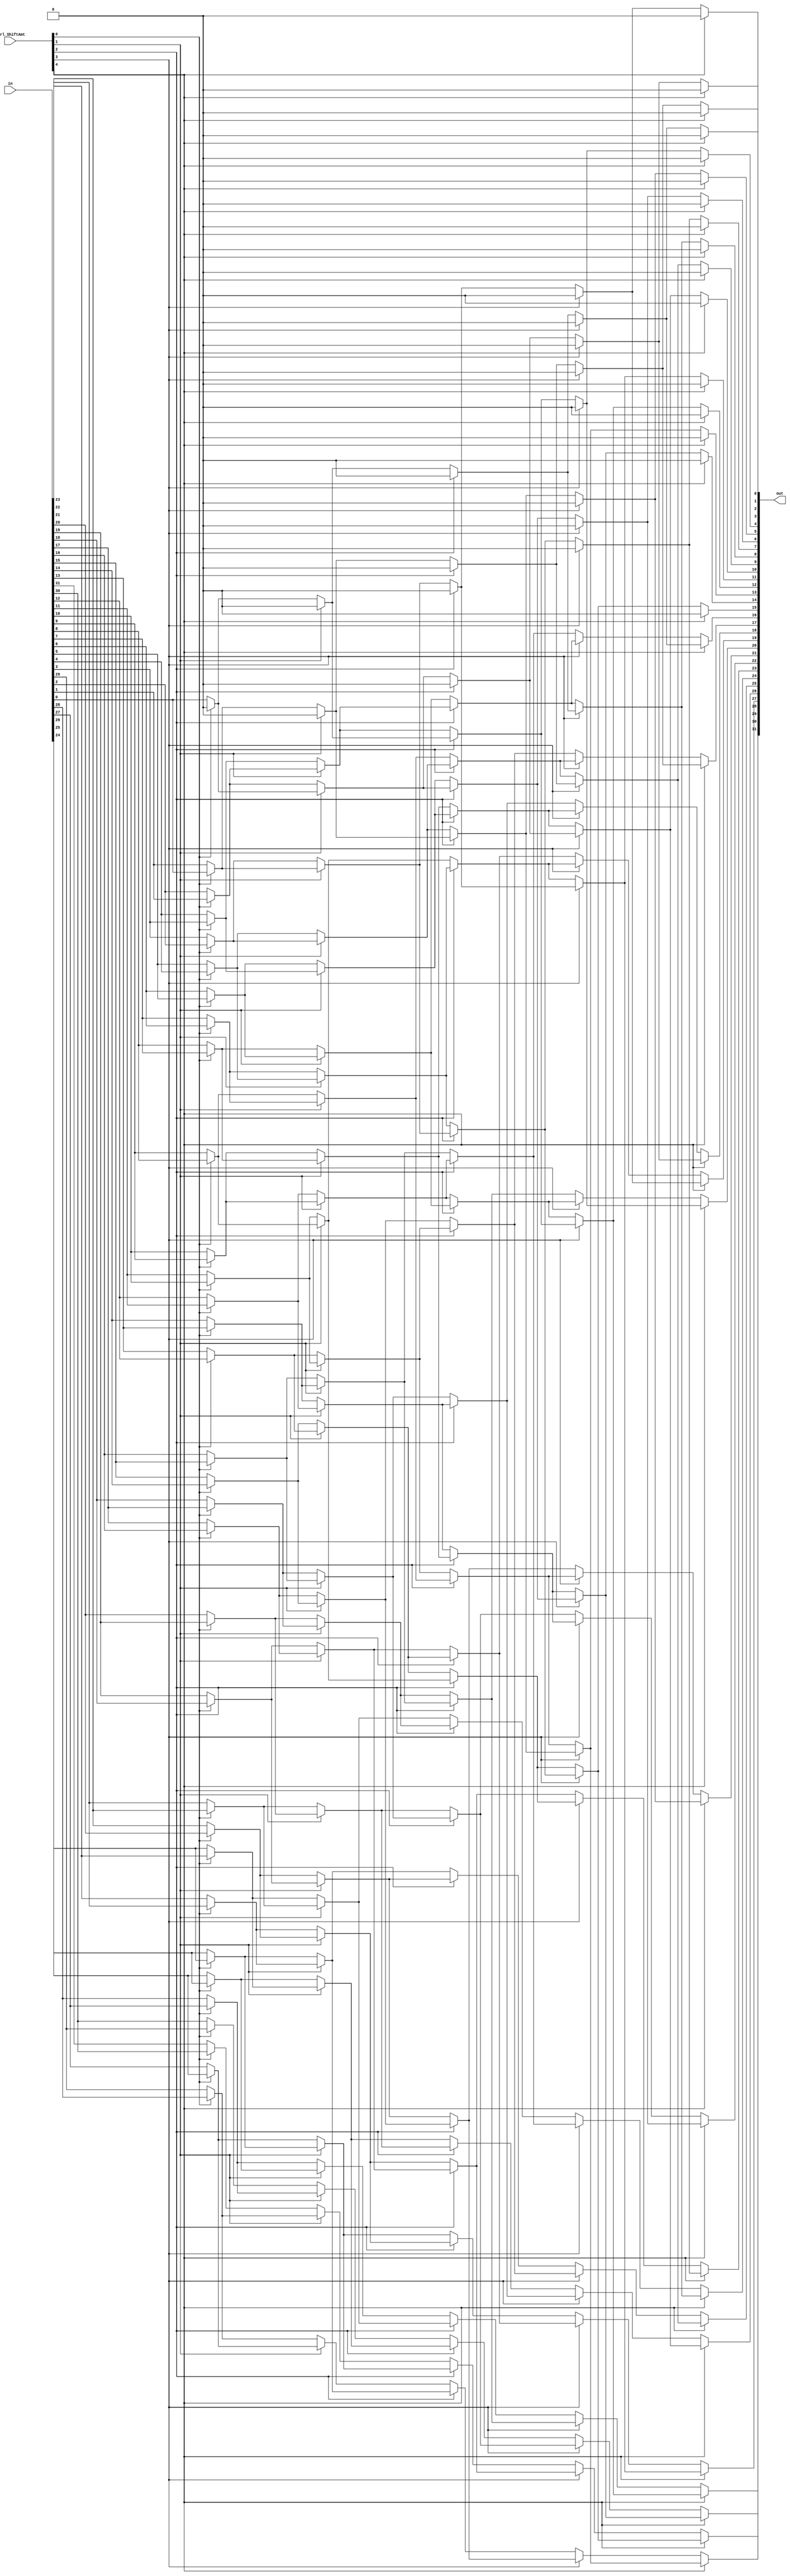
module shift_left_logical(in, ctrl_ShiftAmt, out);
	input[31:0] in;
	input[4:0] ctrl_ShiftAmt;
	output[31:0] out;
	
	
	
	//shifts by 2^0=1
	wire[31:0] output_connector_0;
	genvar index_0;
	generate
	for(index_0=31; index_0>0; index_0=index_0-1) begin:loopPower0_0
		assign output_connector_0[index_0] = ctrl_ShiftAmt[0] ? in[index_0-1] : in[index_0];
	end
		assign output_connector_0[0] = ctrl_ShiftAmt[0] ? 1'b0 : in[0];
	endgenerate
	
	//shifts by 2^1=2
	wire[31:0] output_connector_1;
	genvar index_1;
	generate
	for(index_1=31; index_1>1; index_1=index_1-1) begin:loopPower1_0
		assign output_connector_1[index_1] = ctrl_ShiftAmt[1] ? output_connector_0[index_1-2] : output_connector_0[index_1];
	end
	for(index_1=1; index_1>=0; index_1=index_1-1) begin:loopPower1_1
		assign output_connector_1[index_1] = ctrl_ShiftAmt[1] ? 1'b0 : output_connector_0[index_1];
	end
	endgenerate

//	//shifts by 2^2=4
	wire[31:0] output_connector_2;
	genvar index_2;
	generate
	for(index_2=31; index_2>3; index_2=index_2-1) begin:loopPower2_0
		assign output_connector_2[index_2] = ctrl_ShiftAmt[2] ? output_connector_1[index_2-4] : output_connector_1[index_2];
	end
	for(index_2=3; index_2>=0; index_2=index_2-1) begin:loopPower2_1
		assign output_connector_2[index_2] = ctrl_ShiftAmt[2] ? 1'b0 : output_connector_1[index_2];
	end
	endgenerate

//	//shifts by 2^3=8
	wire[31:0] output_connector_3;
	genvar index_3;
	generate
	for(index_3=31; index_3>7; index_3=index_3-1) begin:loopPower3_0
		assign output_connector_3[index_3] = ctrl_ShiftAmt[3] ? output_connector_2[index_3-8] : output_connector_2[index_3];
	end
	for(index_3=7; index_3>=0; index_3=index_3-1) begin:loopPower3_1
		assign output_connector_3[index_3] = ctrl_ShiftAmt[3] ? 1'b0 : output_connector_2[index_3];
	end
	endgenerate
	
	//shifts by 2^4=16
	wire[31:0] output_connector_4;
	genvar index_4;
	generate
	for(index_4=31; index_4>15; index_4=index_4-1) begin:loopPower4_0
		assign output_connector_4[index_4] = ctrl_ShiftAmt[4] ? output_connector_3[index_4-16] : output_connector_3[index_4];
	end
	for(index_4=15; index_4>=0; index_4=index_4-1) begin:loopPower4_1
		assign output_connector_4[index_4] = ctrl_ShiftAmt[4] ? 1'b0 : output_connector_3[index_4];
	end
	endgenerate

	
	assign out = output_connector_4;
endmodule